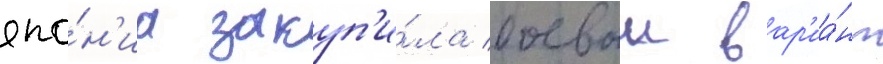
япо́н'иа закуп'и́ла боевои вар'иа́нт